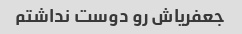
جعفریاش رو دوست نداشتم